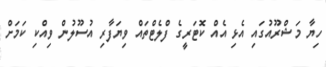
ހިޔާ މަޝްރޫއުގައި އެޅި އެއް ކޮޓަރީގެ ފްލެޓްތައް ވިޔަފާރި އުސޫލުން ވިއްކި ކަމަށް